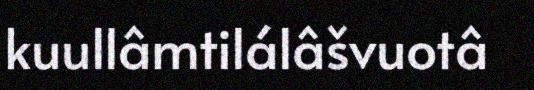
kuullâmtilálâšvuotâ